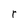
Character: r